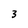
Character: 3